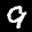
Label: 9